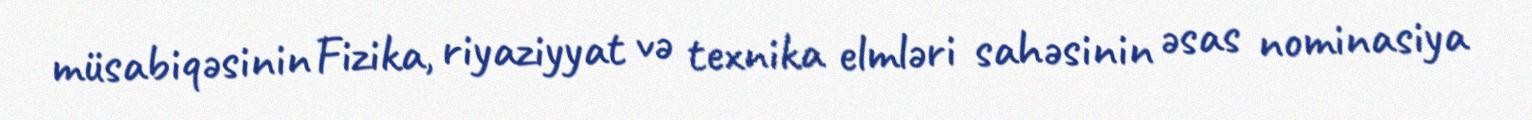
müsabiqəsinin Fizika, riyaziyyat və texnika elmləri sahəsinin əsas nominasiya